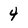
Character: 4